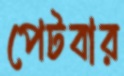
পেটবার